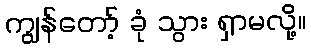
ကျွန်တော့် ခုံ သွား ရှာမလို့။